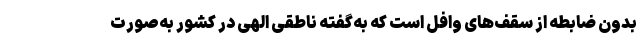
بدون ضابطه از سقف‌های وافل است که به‌گفته ناطقی الهی در کشور به‌صورت